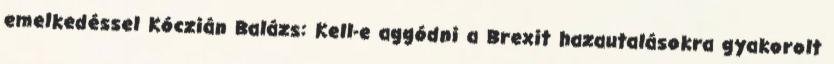
emelkedéssel Kóczián Balázs: Kell-e aggódni a Brexit hazautalásokra gyakorolt